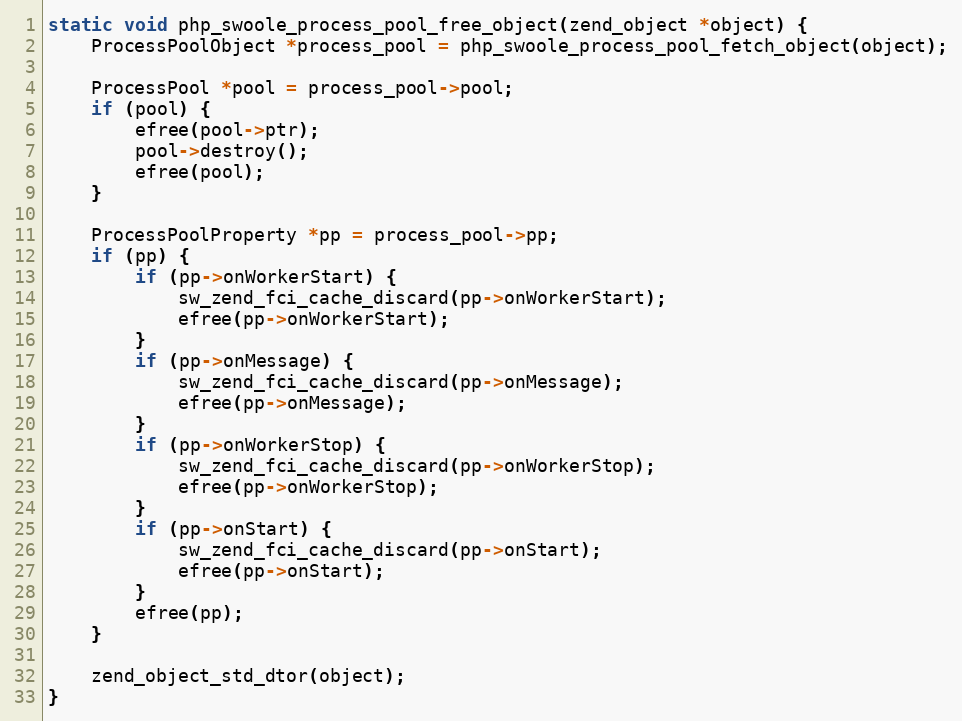
Language: C++
static void php_swoole_process_pool_free_object(zend_object *object) {
    ProcessPoolObject *process_pool = php_swoole_process_pool_fetch_object(object);

    ProcessPool *pool = process_pool->pool;
    if (pool) {
        efree(pool->ptr);
        pool->destroy();
        efree(pool);
    }

    ProcessPoolProperty *pp = process_pool->pp;
    if (pp) {
        if (pp->onWorkerStart) {
            sw_zend_fci_cache_discard(pp->onWorkerStart);
            efree(pp->onWorkerStart);
        }
        if (pp->onMessage) {
            sw_zend_fci_cache_discard(pp->onMessage);
            efree(pp->onMessage);
        }
        if (pp->onWorkerStop) {
            sw_zend_fci_cache_discard(pp->onWorkerStop);
            efree(pp->onWorkerStop);
        }
        if (pp->onStart) {
            sw_zend_fci_cache_discard(pp->onStart);
            efree(pp->onStart);
        }
        efree(pp);
    }

    zend_object_std_dtor(object);
}